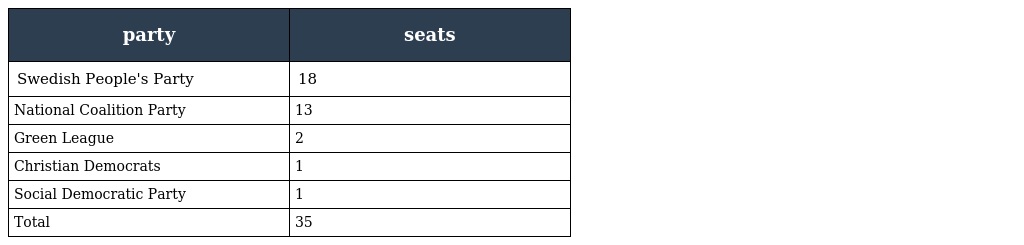
| party | seats |
 | --- | --- |
 | Swedish People's Party | 18 |
 | National Coalition Party | 13 |
 | Green League | 2 |
 | Christian Democrats | 1 |
 | Social Democratic Party | 1 |
 | Total | 35 |